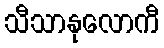
သီသာနုလောကီ